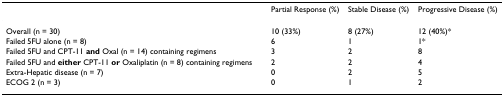
<table><thead><tr><td></td><td><b>Partial Response (%)</b></td><td><b>Stable Disease (%)</b></td><td><b>Progressive Disease (%)</b></td></tr></thead><tbody><tr><td>Overall (n = 30)</td><td>10 (33%)</td><td>8 (27%)</td><td>12 (40%)*</td></tr><tr><td>Failed 5FU alone (n = 8)</td><td>6</td><td>1</td><td>1*</td></tr><tr><td>Failed 5FU and CPT-11 <b>and </b>Oxal (n = 14) containing regimens</td><td>3</td><td>2</td><td>8</td></tr><tr><td>Failed 5FU and <b>either </b>CPT-11 <b>or </b>Oxaliplatin (n = 8) containing regimens</td><td>2</td><td>2</td><td>4</td></tr><tr><td>Extra-Hepatic disease (n = 7)</td><td>0</td><td>2</td><td>5</td></tr><tr><td>ECOG 2 (n = 3)</td><td>0</td><td>1</td><td>2</td></tr></tbody></table>